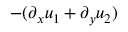
- ( \partial _ { x } u _ { 1 } + \partial _ { y } u _ { 2 } )